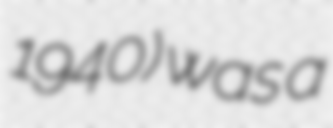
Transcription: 1940) was a